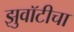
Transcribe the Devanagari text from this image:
झुवॉटीचा